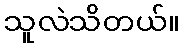
သူလဲသိတယ်။